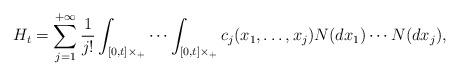
LaTeX: \begin{align*}H_t = \sum_{j=1}^{+\infty} \frac{1}{j!} \int_{[0,t]\times \real_+} \cdots \int_{[0,t]\times \real_+} c_j(x_1,\ldots,x_{j}) N(dx_{1}) \cdots N(dx_{j}),\end{align*}